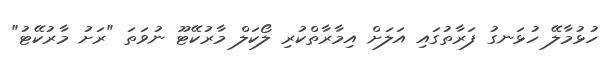
ހުޅުމާލޭ ހުޅަނގު ފަރާތުގައި އަލަށް އިމާރާތްކުރި ލޯކަލް މާރުކޭޓޫ ނުވަތަ "ރަށު މާރުކޭޓު"